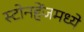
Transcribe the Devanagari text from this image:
स्टोनहेंजमध्ये